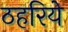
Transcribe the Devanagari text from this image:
ठहरिये